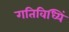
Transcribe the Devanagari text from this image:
गतिविध्यिं